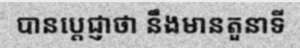
បានប្តេជ្ញាថា នឹងមានតួនាទី